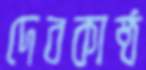
দেবকাষ্ঠ